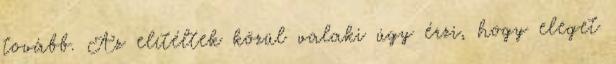
tovább. Az elítéltek közül valaki úgy érzi, hogy eleget